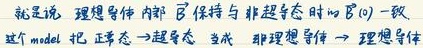
就是说，理想导体内部\(\vec{B}\)保持与非超导态时的\(\vec{B}(0)\)一致。这个model把“正常态\(\to\)超导态”当成“非理想导体\(\to\)理想导体”。